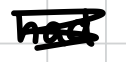
Text: had
Cross-out: mix
Writing tool: digital_black